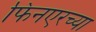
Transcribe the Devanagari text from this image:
फिनएरच्या